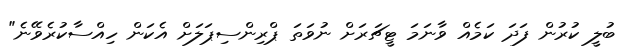
ބުލީ ކުރުން ފަދަ ކަމެއް ވާނަމަ ޓީޗަރަށް ނުވަތަ ޕްރިންސިޕަލަށް އެކަން ހިއްސާކުރެވޭނެ"